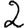
Digit: 2